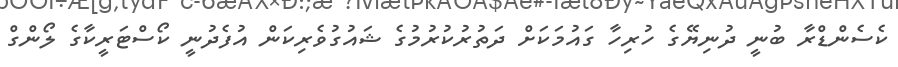
ކެސެންޑްރާ ބުނީ ދުނިޔޭގެ ހުރިހާ ގައުމަކަށް ދަތުރުކުރުމުގެ ޝައުގުވެރިކަން އުފެދުނީ ކޯސްޓަރީކާގެ ލޯންގް